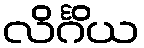
လိင်္ဂိယ